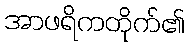
အာဖရိကတိုက်၏